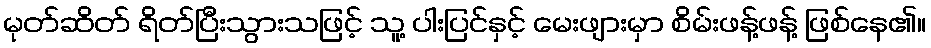
မုတ်ဆိတ် ရိတ်ပြီးသွားသဖြင့် သူ့ ပါးပြင်နှင့် မေးဖျားမှာ စိမ်းဖန့်ဖန့် ဖြစ်နေ၏။